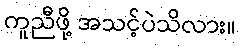
ကူညီဖို့ အသင့်ပဲသိလား။